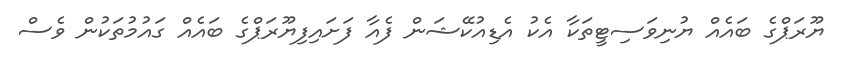
ޔޫރަޕްގެ ބައެއް ޔުނިވަސިޓީތަކާ އެކު އެޑިއުކޭޝަން ފެއާ ފަށައިފިޔޫރަޕްގެ ބައެއް ގައުމުތަކުން ވެސް